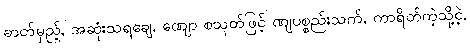
ဓာတ်မှည့်, အဆုံးသရချေ, ဏျော စသုတ်ဖြင့် ဏျပစ္စည်းသက်, ကာရိတ်ကဲ့သို့ငဲ့,